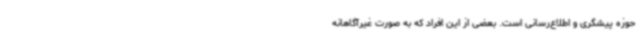
حوزه پیشگری و اطلاع‌رسانی است. بعضی از این افراد که به صورت غیرآگاهانه